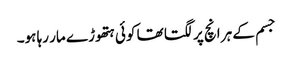
جسم کے ہر انچ پر لگتا تھا کوئی ہتھوڑے مار رہا ہو۔